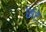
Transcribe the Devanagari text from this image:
छांटें